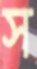
স